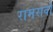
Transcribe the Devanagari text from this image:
रामरावो